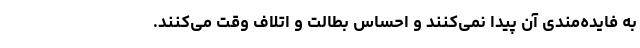
به فایده‌مندی آن پیدا نمی‌کنند و احساس بطالت و اتلاف وقت می‌کنند.